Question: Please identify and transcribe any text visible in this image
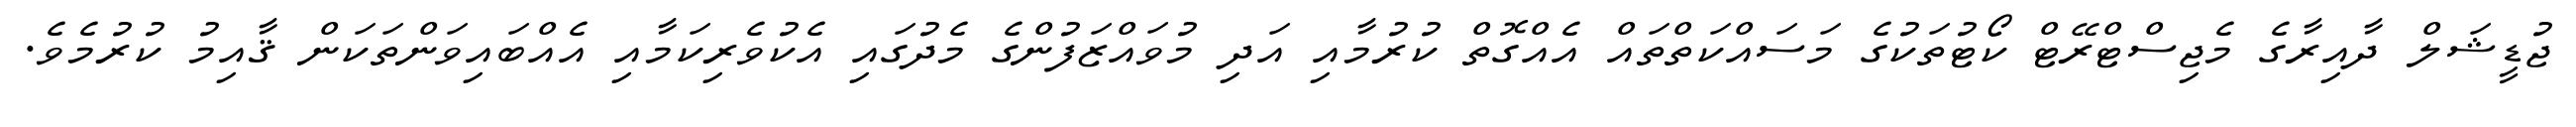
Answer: ޖުޑީޝަލް ދާއިރާގެ މެޖިސްޓްރޭޓް ކޯޓުތަކުގެ މަސައްކަތްތައް އެއްގޮތް ކުރުމާއި އަދި މުވައްޒަފުންގެ މެދުގައި އެކުވެރިކަމާއި އެއްބައިވަންތަކަން ޤާއިމު ކުރުމެވެ.